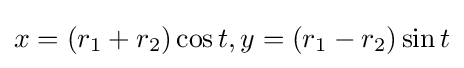
x=(r_{1}+r_{2})\cos t,y=(r_{1}-r_{2})\sin t\,\!